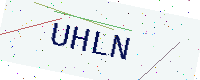
Text: UHLN